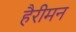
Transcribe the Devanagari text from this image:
हैरीमन